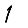
Digit: 1